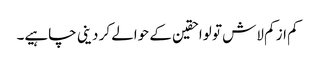
کم از کم لاش تو لواحقین کے حوالے کر دینی چاہیے۔